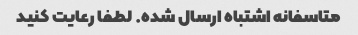
متاسفانه اشتباه ارسال شده. لطفا رعایت کنید